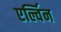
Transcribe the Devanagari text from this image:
एर्ल्विन